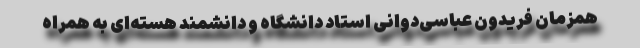
همزمان فریدون عباسی‌دوانی استاد دانشگاه و دانشمند هسته‌ای به همراه